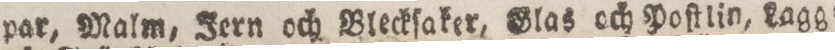
par, Malm, Jern och Bleckſaker, Glas och Poſtlin, Lagg=